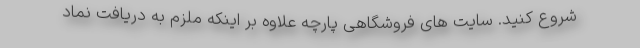
شروع کنید. سایت های فروشگاهی پارچه علاوه بر اینکه ملزم به دریافت نماد